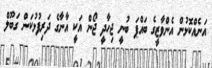
އަނެއްކޮޅުން އެންވާޒީގެ ބައްޕަ ބުނީ ޖިހާދީ ޖޯން އަކީ އާނާގެ ދަރިފުޅުކަން ގަބޫލް